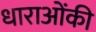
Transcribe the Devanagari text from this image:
धाराओंकी